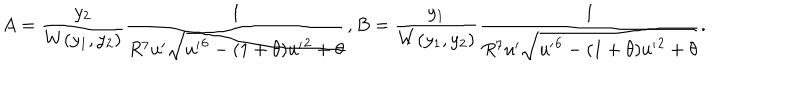
LaTeX: A = \frac { y _ { 2 } } { W ( y _ { 1 } , y _ { 2 } ) } \frac { 1 } { R ^ { 7 } u ^ { \prime } \sqrt { { u ^ { \prime } } ^ { 6 } - ( 1 + \theta ) { u ^ { \prime } } ^ { 2 } + \theta } } , B = \frac { y _ { 1 } } { W ( y _ { 1 } , y _ { 2 } ) } \frac { 1 } { R ^ { 7 } u ^ { \prime } \sqrt { { u ^ { \prime } } ^ { 6 } - ( 1 + \theta ) { u ^ { \prime } } ^ { 2 } + \theta } } .